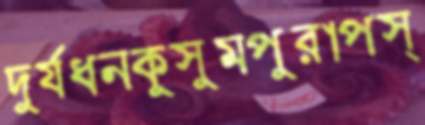
দুর্যধনকুসুমপুরাপস্